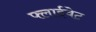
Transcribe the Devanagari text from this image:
फ्लाईवेट